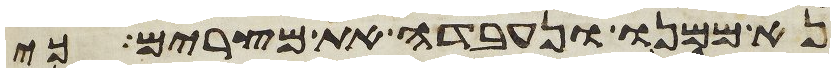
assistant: נא ממנו ונעבדה את מצרים כי